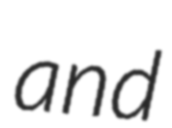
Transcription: and